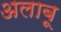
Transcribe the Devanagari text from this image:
अलाबू